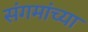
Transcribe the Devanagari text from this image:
संगमांच्या